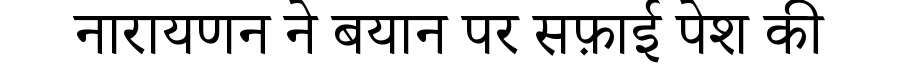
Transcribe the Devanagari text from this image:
नारायणन ने बयान पर सफ़ाई पेश की